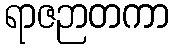
ရာဇဉာတကာ